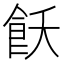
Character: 飫